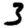
Digit: 3